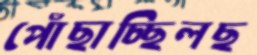
পোঁছাচ্ছিলছ